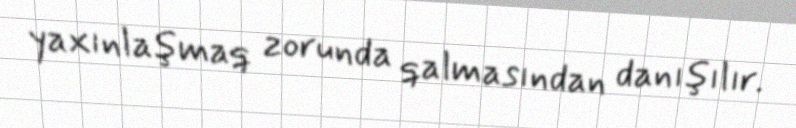
yaxınlaşmaq zorunda qalmasından danışılır.